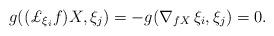
LaTeX: \begin{align*} g((\pounds_{\xi_i}{f})X,\xi_j) = -g(\nabla_{{f} X}\,\xi_i,\xi_j) = 0.\end{align*}